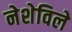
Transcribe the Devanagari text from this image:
नेशेविले